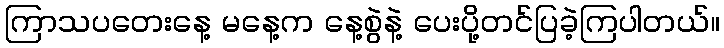
ကြာသပတေးနေ့ မနေ့က နေ့စွဲနဲ့ ပေးပို့တင်ပြခဲ့ကြပါတယ်။